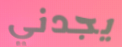
يجدني